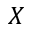
X